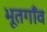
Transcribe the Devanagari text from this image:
भूतगाँव